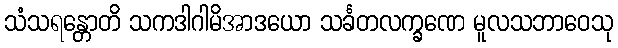
သံသရန္တောတိ သကဒါဂါမိအာဒယော သင်္ခတလက္ခဏေ မူလသဘာဝေသု